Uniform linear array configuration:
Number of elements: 48
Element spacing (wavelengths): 0.5
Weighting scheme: binomial
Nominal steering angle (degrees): -45
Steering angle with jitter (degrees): -45.93
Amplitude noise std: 0.05
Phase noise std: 0.05

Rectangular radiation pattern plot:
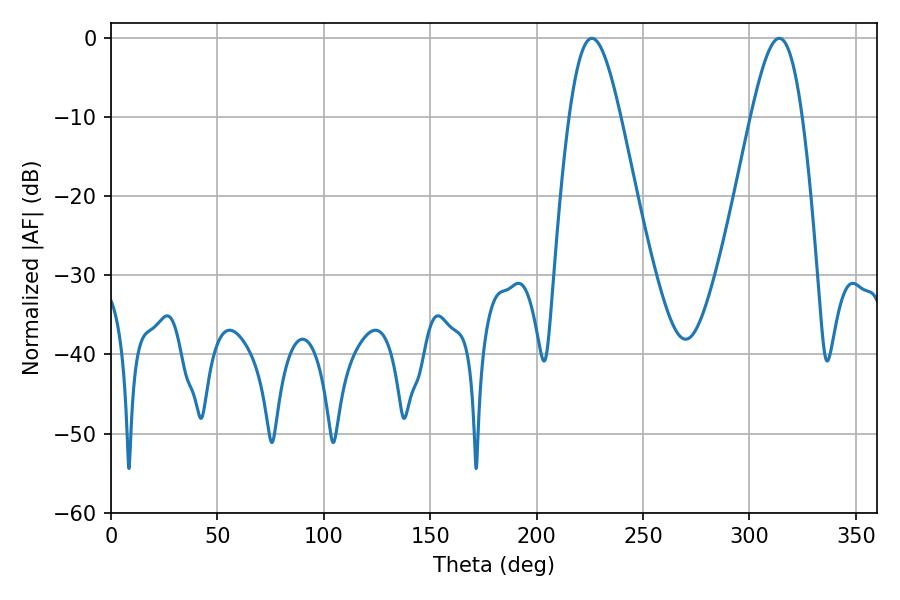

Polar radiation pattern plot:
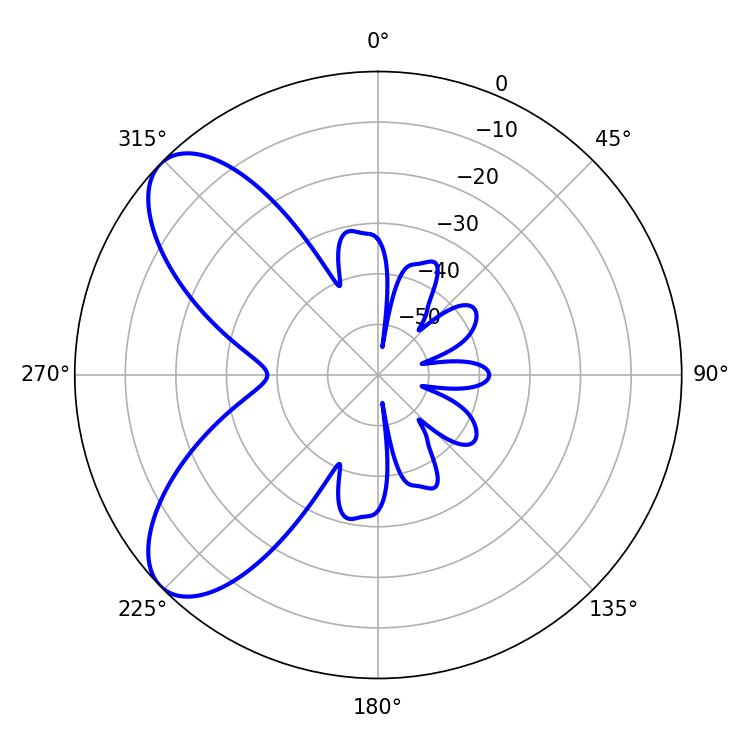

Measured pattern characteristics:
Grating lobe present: FALSE
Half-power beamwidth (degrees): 12.78
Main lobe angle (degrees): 225.9